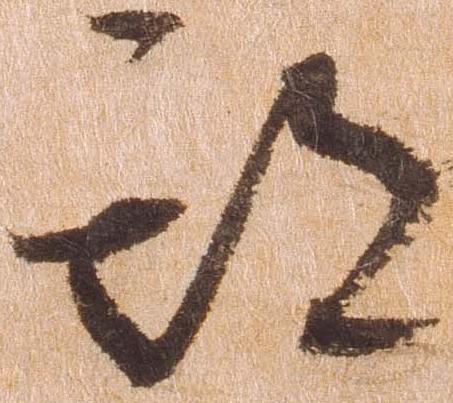
期